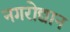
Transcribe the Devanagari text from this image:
नगरोद्यान